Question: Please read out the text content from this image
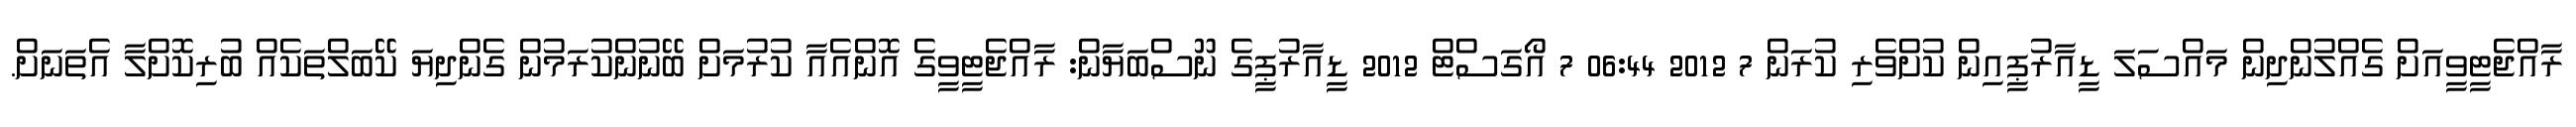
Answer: ރާއްޖެޓީވީއަށް ގެއްލުންދިން މައްސަލަ ޑީއާރުޕީއިން ކުށްވެރި ކުރަން 7 2012 06:44 7 އޯގަސްޓް 2012 ޑީއާރުޕީގެ ނޫސްބަޔާން: ރާއްޖެޓީވީގެ އޮންއެއާ ކުރުމަށް ބޭނުންކުރަމުން ގެންދިޔަ ކޭބަލްތަކެއް ބުރިކޮށްލާ އެތަނަށް.